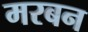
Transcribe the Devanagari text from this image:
मरबन